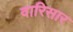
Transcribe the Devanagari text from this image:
वारिसार